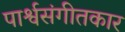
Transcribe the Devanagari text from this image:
पार्श्वसंगीतकार